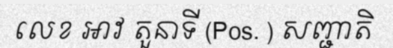
លេខ អាវ តួនាទី (Pos. ) សញ្ជាតិ